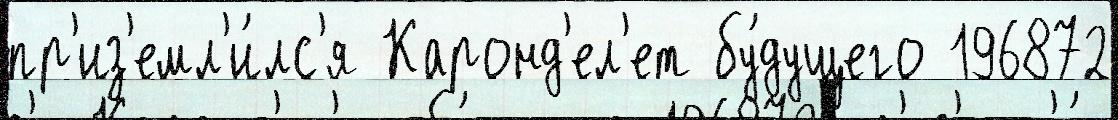
пр'из'емл'и́лс'я Каронд'ел'ет бу́дущего 196872